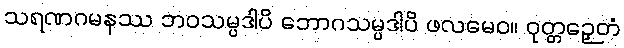
သရဏဂမနဿ ဘဝသမ္ပဒါပိ ဘောဂသမ္ပဒါပိ ဖလမေဝ။ ဝုတ္တဉှေတံ